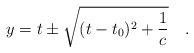
LaTeX: \begin{align*}y=t\pm\sqrt{(t-t_0)^2+\frac{1}{c}} \quad .\end{align*}